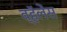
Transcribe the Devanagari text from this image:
व्हॅलेंस